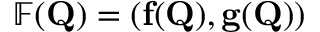
\mathbb { F } ( \mathbf { Q } ) = \left( \mathbf { f } ( \mathbf { Q } ) , \mathbf { g } ( \mathbf { Q } ) \right)